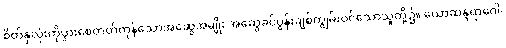
စိတ်နှလုံးကိုပွားစေတတ်ကုန်သောအဆွေအမျိုး အဆွေခင်ပွန်းချစ်ကျွမ်းဝင်သောသူတို့၌။ ယောဆန္ဒရာဂေါ၊